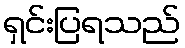
ရှင်းပြရသည်